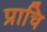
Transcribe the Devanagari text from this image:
प्राचि